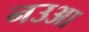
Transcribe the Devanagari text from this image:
नउआ